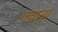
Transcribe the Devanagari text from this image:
क्याना